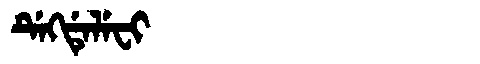
Manchu: ᡩᡝᡴᡩᡝᠯᡝᠸᡳ
Romanization: DEKDELEFI